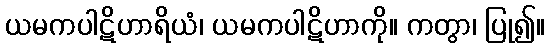
ယမကပါဋိဟာရိယံ၊ ယမကပါဋိဟာကို။ ကတွာ၊ ပြု၍။